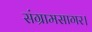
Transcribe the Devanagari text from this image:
संग्रामसागर।